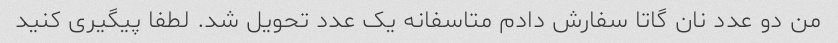
من دو عدد نان گاتا سفارش دادم متاسفانه یک عدد تحویل شد. لطفا پیگیری کنید